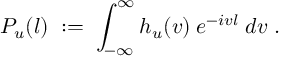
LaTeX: P _ { u } ( l ) \; : = \; \int _ { - \infty } ^ { \infty } h _ { u } ( v ) \: e ^ { - i v l } \; d v \; .